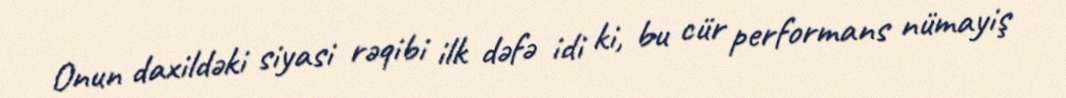
Onun daxildəki siyasi rəqibi ilk dəfə idi ki, bu cür performans nümayiş